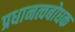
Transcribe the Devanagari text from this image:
प्रधानत्वबोधक